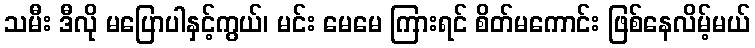
သမီး ဒီလို မပြောပါနှင့်ကွယ်၊ မင်း မေမေ ကြားရင် စိတ်မကောင်း ဖြစ်နေလိမ့်မယ်